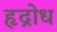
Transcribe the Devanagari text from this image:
हृद्रोध